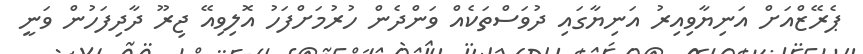
ޕެރޭޒްއަށް އަނިޔާވިއިރު އަނިޔާގައި ދުވަސްތަކެއް ވަންދެން ހުރުމަށްފަހު އޮލިވިއޭ ޖިރޫ ދާދިފަހުން ވަނީ